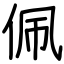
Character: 佩